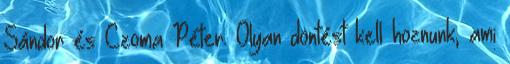
Sándor és Czoma Péter. Olyan döntést kell hoznunk, ami